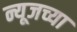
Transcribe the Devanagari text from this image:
न्यूजच्या